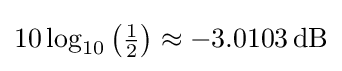
10\log _{10}\left({\tfrac {1}{2}}\right)\approx -3.0103\,\mathrm {dB}